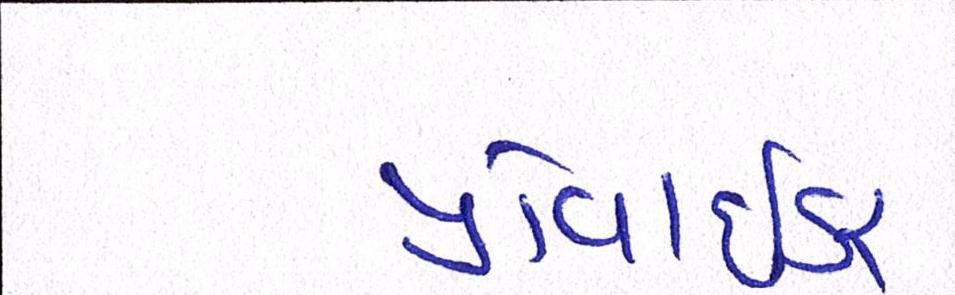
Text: પ્રોવાઇડર